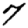
Digit: 7